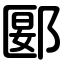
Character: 郾